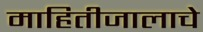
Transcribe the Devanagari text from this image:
माहितीजालाचे